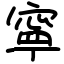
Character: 寧